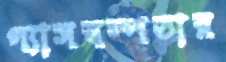
গ্যাসস্বল্পতার